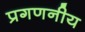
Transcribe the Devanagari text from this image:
प्रगणनीय